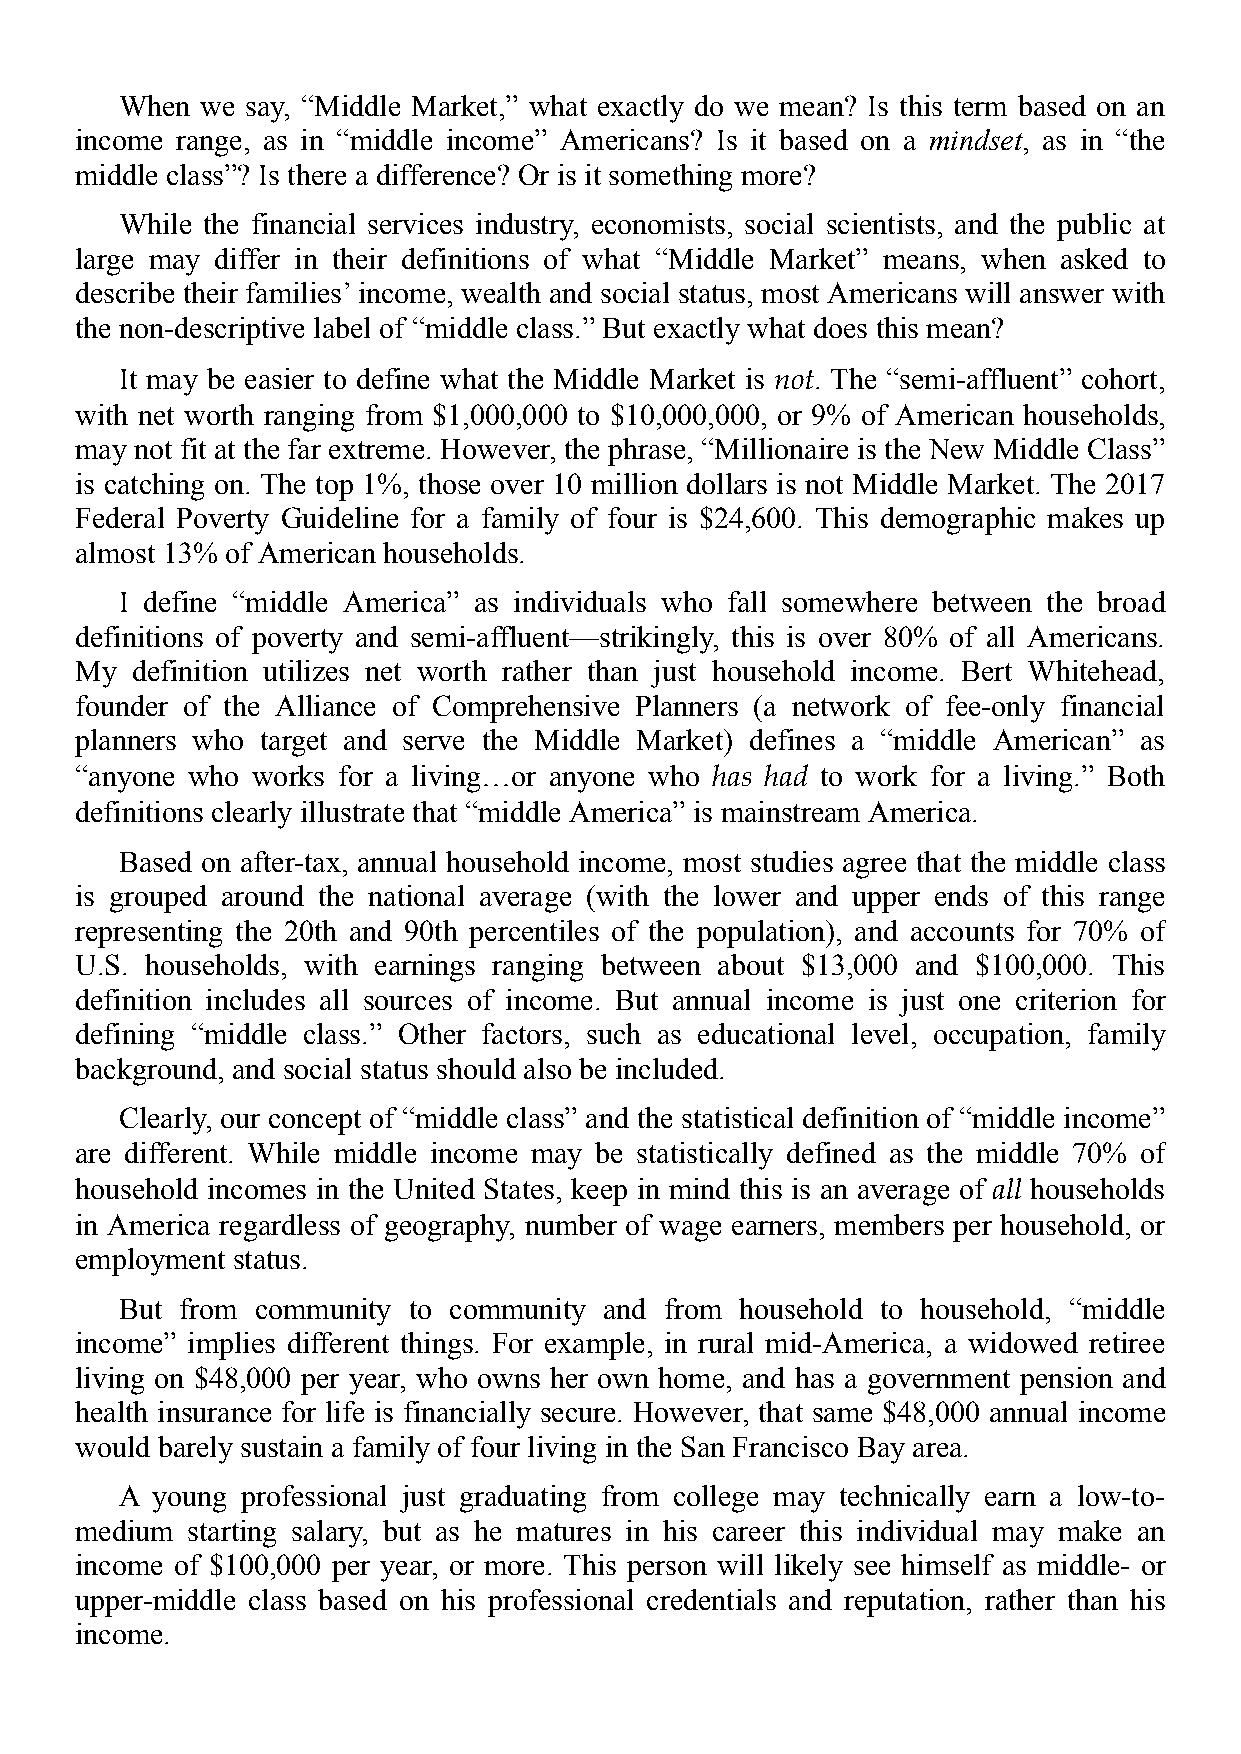
When we say, “Middle Market,” what exactly do we mean? Is this term based on an
 income range, as in “middle income” Americans? Is it based on a mindset, as in “the
 middle class”? Is there a difference? Or is it something more?
 While the financial services industry, economists, social scientists, and the public at
 large may differ in their definitions of what “Middle Market” means, when asked to
 describe their families’ income, wealth and social status, most Americans will answer with
 the non-descriptive label of “middle class.” But exactly what does this mean?
 It may be easier to define what the Middle Market is not. The “semi-affluent” cohort,
 with net worth ranging from $1,000,000 to $10,000,000, or 9% of American households,
 may not fit at the far extreme. However, the phrase, “Millionaire is the New Middle Class”
 is catching on. The top 1%, those over 10 million dollars is not Middle Market. The 2017
 Federal Poverty Guideline for a family of four is $24,600. This demographic makes up
 almost 13% of American households.
 I define “middle America” as individuals who fall somewhere between the broad
 definitions of poverty and semi-affluent—strikingly, this is over 80% of all Americans.
 My  definition utilizes net worth rather than just household income. Bert Whitehead,
 founder of the Alliance of Comprehensive Planners (a network of fee-only financial
 planners who target and serve the Middle Market) defines a “middle American” as
 “anyone who works for a living…or anyone who has had to work for a living.” Both
 definitions clearly illustrate that “middle America” is mainstream America.
 Based on after-tax, annual household income, most studies agree that the middle class
 is grouped around the national average (with the lower and upper ends of this range
 representing the 20th and 90th percentiles of the population), and accounts for 70% of
 U.S. households, with earnings ranging between about $13,000 and $100,000. This
 definition includes all sources of income. But annual income is just one criterion for
 defining “middle class.” Other factors, such as educational level, occupation, family
 background, and social status should also be included.
 Clearly, our concept of “middle class” and the statistical definition of “middle income”
 are different. While middle income may be statistically defined as the middle 70% of
 household incomes in the United States, keep in mind this is an average of all households
 in America regardless of geography, number of wage earners, members per household, or
 employment status.
 But from community to community and from household to household, “middle
 income” implies different things. For example, in rural mid-America, a widowed retiree
 living on $48,000 per year, who owns her own home, and has a government pension and
 health insurance for life is financially secure. However, that same $48,000 annual income
 would barely sustain a family of four living in the San Francisco Bay area.
 A young professional just graduating from college may technically earn a low-to-
 medium starting salary, but as he matures in his career this individual may make an
 income of $100,000 per year, or more. This person will likely see himself as middle- or
 upper-middle class based on his professional credentials and reputation, rather than his
 income.